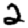
Digit: 2